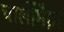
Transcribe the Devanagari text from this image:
चार्लीमैग्ना